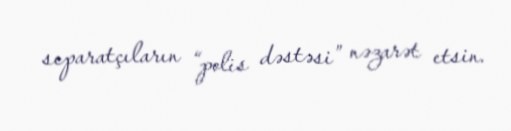
separatçıların “polis dəstəsi” nəzarət etsin.